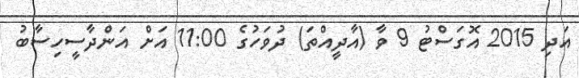
އަދި 2015 އޮގަސްޓު 9 ވާ (އާދީއްތަ) ދުވަހުގެ 11:00 އަށް އަންދާސީހިސާބު